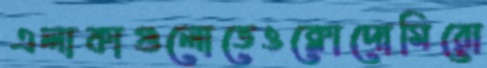
এলাকাগুলোতেওক্লোদোমিরো